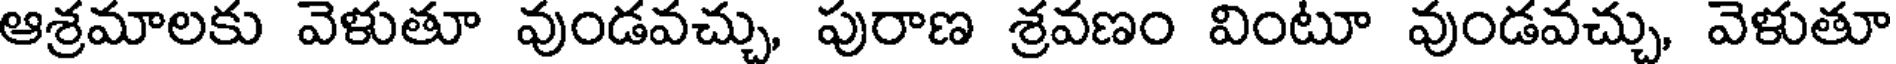
ఆశ్రమాలకు వెళుతూ వుండవచ్చు, పురాణ శ్రవణం వింటూ వుండవచ్చు, వెళుతూ